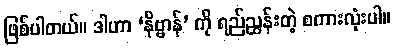
ဖြစ်ပါတယ်။ ဒါဟာ ‘နိဗ္ဗာန်’ ကို ရည်ညွှန်းတဲ့ စကားလုံးပါ။